Civil Veterinary Dept. Assam report 1927-50 - 1927-1950
Year: 1927
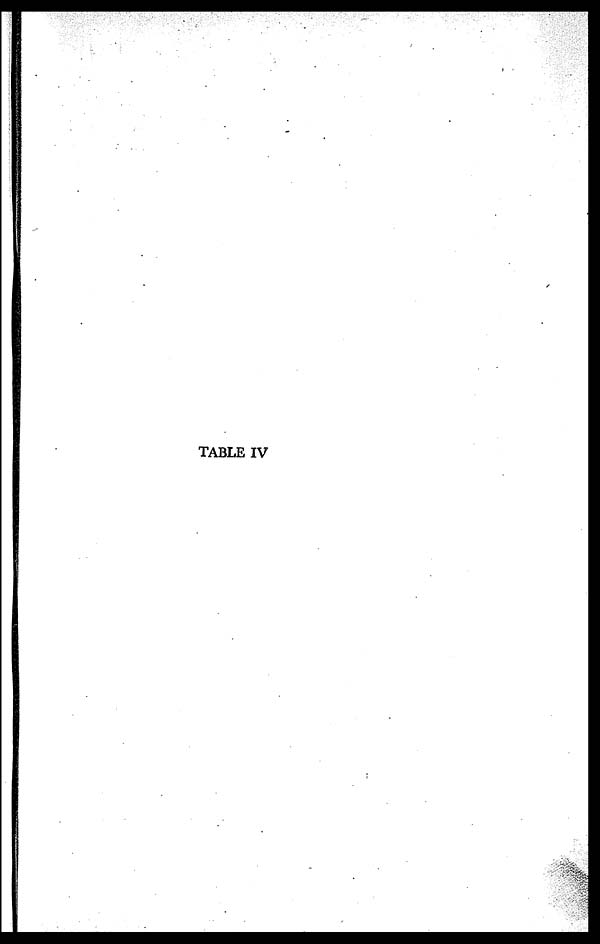
TABLE IV